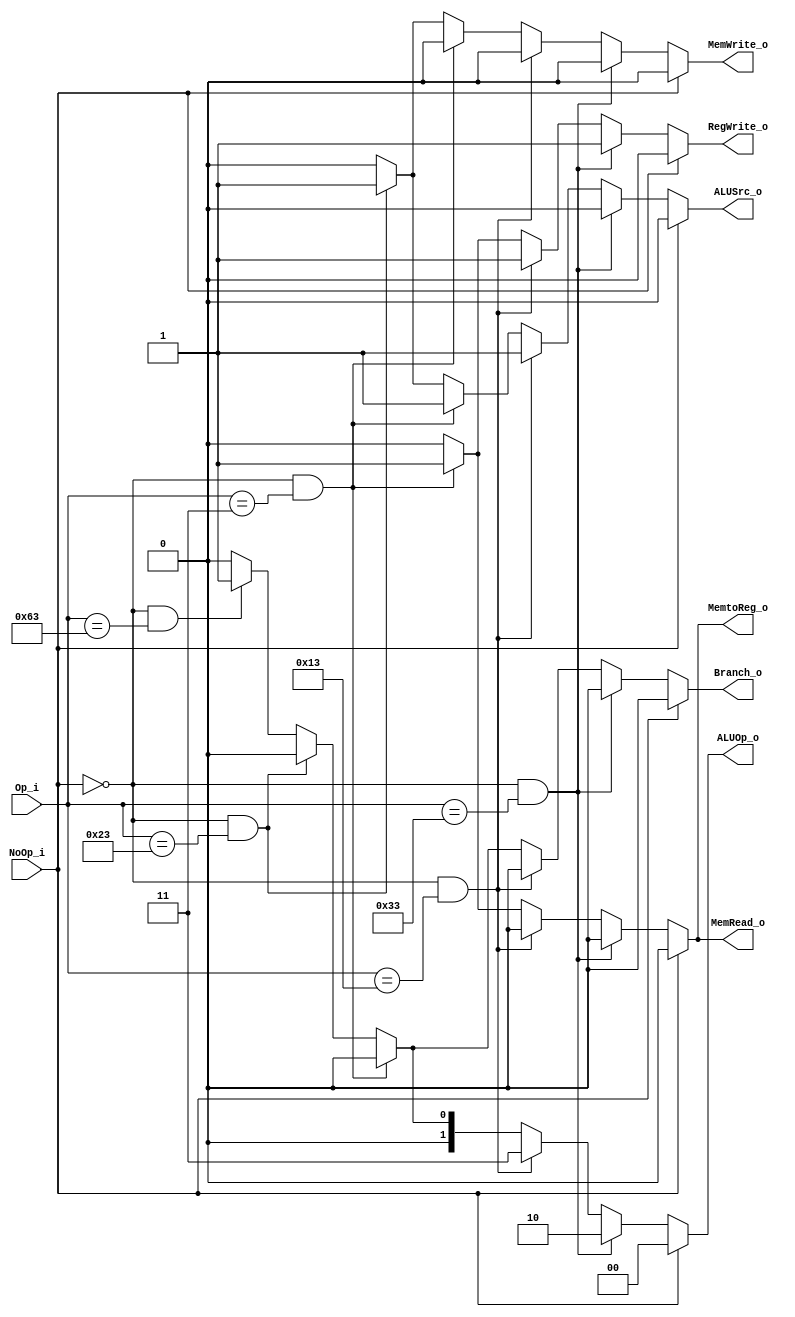
module Control(
    Op_i,
    NoOp_i,
    ALUOp_o,
    ALUSrc_o,
    RegWrite_o,
    MemtoReg_o,
    MemRead_o,
    MemWrite_o,
    Branch_o
);
input	[6:0]		Op_i;
input               NoOp_i;
output	[1:0]		ALUOp_o;
output 				ALUSrc_o, RegWrite_o,MemtoReg_o,MemRead_o,MemWrite_o,Branch_o;
reg     [1:0]       ALUOp_reg;
reg                 ALUSrc_reg,Branch_reg,MemRead_reg,MemWrite_reg,RegWrite_reg,MemtoReg_reg;
assign ALUOp_o = ALUOp_reg;

assign ALUSrc_o = (NoOp_i)? 1'b0:ALUSrc_reg;
assign Branch_o = (NoOp_i)? 1'b0:Branch_reg;
assign MemRead_o = (NoOp_i)? 1'b0:MemRead_reg;
assign MemWrite_o = (NoOp_i)? 1'b0:MemWrite_reg;
assign RegWrite_o = (NoOp_i)? 1'b0:RegWrite_reg;
assign MemtoReg_o = (NoOp_i)? 1'b0:MemtoReg_reg;

always @(Op_i or NoOp_i) begin
        if(NoOp_i == 1'b1) begin 
            ALUOp_reg <= 2'b00;
            ALUSrc_reg <= 1'b0;
            Branch_reg <= 1'b0;
            MemRead_reg <= 1'b0;
            MemWrite_reg <= 1'b0;
            RegWrite_reg <= 1'b0;
            MemtoReg_reg <= 1'b0; 
        end
        else if(NoOp_i == 1'b0 && (Op_i == 7'b0110011))  //and xor sll add sub mul
        begin
            ALUOp_reg <= 2'b10;
            ALUSrc_reg <= 1'b0;
            Branch_reg <= 1'b0;
            MemRead_reg <= 1'b0;
            MemWrite_reg <= 1'b0;
            RegWrite_reg <= 1'b1;
            MemtoReg_reg <= 1'b0; 
        end
        else if(NoOp_i == 1'b0 &&(Op_i == 7'b0010011)) // addi srai
        begin
            ALUOp_reg <= 2'b11;
            ALUSrc_reg <= 1'b1;
            Branch_reg <= 1'b0;
            MemRead_reg <= 1'b0;
            MemWrite_reg <= 1'b0;
            RegWrite_reg <= 1'b1;
            MemtoReg_reg <= 1'b0; 
        end
        else if(NoOp_i == 1'b0 &&(Op_i == 7'b0000011)) // lw
        begin
            ALUOp_reg <= 2'b00;
            ALUSrc_reg <= 1'b1;
            Branch_reg <= 1'b0;
            MemRead_reg <= 1'b1;
            MemWrite_reg <= 1'b0;
            RegWrite_reg <= 1'b1;
            MemtoReg_reg <= 1'b1; 
        end
        else if(NoOp_i == 1'b0 &&(Op_i == 7'b0100011)) // sw
        begin
            ALUOp_reg <= 2'b00;
            ALUSrc_reg <= 1'b1;
            Branch_reg <= 1'b0;
            MemRead_reg <= 1'b0;
            MemWrite_reg <= 1'b1;
            RegWrite_reg <= 1'b0;
            MemtoReg_reg <= 1'b0; 
        end
        else if(NoOp_i == 1'b0 &&(Op_i == 7'b1100011))
        begin
            ALUOp_reg <= 2'b01;
            ALUSrc_reg <= 1'b0;
            Branch_reg <= 1'b1;
            MemRead_reg <= 1'b0;
            MemWrite_reg <= 1'b0;
            RegWrite_reg <= 1'b0;
            MemtoReg_reg <= 1'b0; 
        end 
        else 
        begin
            ALUOp_reg <= 2'b00;
            ALUSrc_reg <= 1'b0;
            Branch_reg <= 1'b0;
            MemRead_reg <= 1'b0;
            MemWrite_reg <= 1'b0;
            RegWrite_reg <= 1'b0;
            MemtoReg_reg <= 1'b0; 
        end
end
//instructions
/*
funct7     rs2      rs1      funct3      rd      opcode     function
0000000    rs2      rs1       111        rd      0110011      and
0000000    rs2      rs1       100        rd      0110011      xor
0000000    rs2      rs1       001        rd      0110011      sll
0000000    rs2      rs1       000        rd      0110011      add
0100000    rs2      rs1       000        rd      0110011      sub
0000001    rs2      rs1       000        rd      0110011      mul
imm[11:0]           rs1       000        rd      0010011      addi
0100000   imm[4:0]  rs1       101        rd      0010011      srai

new instructions:
imm[11:0]           rs1       010        rd      0000011      lw
imm[11:5]  rs2      rs1       010        rd      0100011      sw
imm[12,11:5]rs2     rs1       000   imm[4:1,11]  1100011      beq


fuction     opcode    ALUop     ALUsrc
and         0110011     10        0
xor         0110011     10        0
sll         0110011     10        0
add         0110011     10        0
sub         0110011     10        0
mul         0110011     10        0
addi        0010011     00        1
srai        0010011     00        1
new instructions:
lw          0000011     00        1
sw          0100011     00        1
beq         1100011     01        0
*/
endmodule